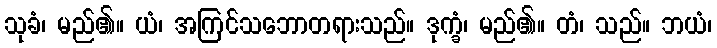
သုခံ၊ မည်၏။ ယံ၊ အကြင်သဘောတရားသည်။ ဒုက္ခံ၊ မည်၏။ တံ၊ သည်။ ဘယံ၊